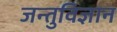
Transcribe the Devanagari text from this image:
जन्तुविज्ञान